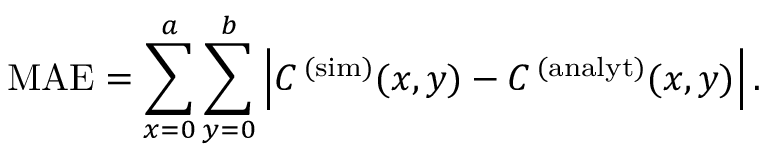
\mathrm { M A E } = \sum _ { x = 0 } ^ { a } \sum _ { y = 0 } ^ { b } \Big | C ^ { \, ( \mathrm { s i m } ) } ( x , y ) - C ^ { \, ( \mathrm { a n a l y t } ) } ( x , y ) \Big | \, .